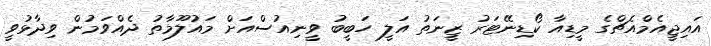
އައިޖީއެމްއެޗްގެ މީޑިއާ ކޯޑިނޭޓަރު ޒީނަތު އަލީ ހަބީބު ވީނިއުސްއަށް މައުލޫމާތު ދެއްވަމުން ވިދާޅުވީ